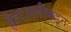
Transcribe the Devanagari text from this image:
हैदरअलीकडून